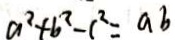
a ^ { 2 } + b ^ { 2 } - c ^ { 2 } = a b